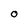
Character: O